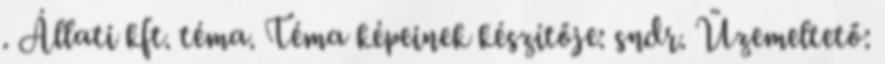
. Állati kft. téma. Téma képeinek készítője: sndr. Üzemeltető: